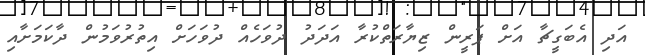
އަދި އެބަގީޗާ އަށް ޕަރީން ޒިޔާރަތްކުރާ އަދަދު ދުވަހެއް ދުވަހަށް އިތުރުވަމުން ދާކަމަށާއި